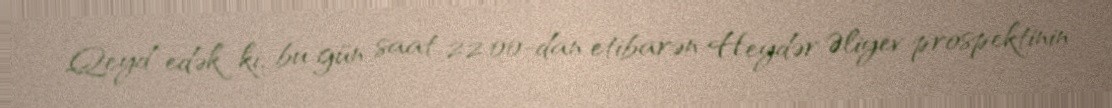
Qeyd edək ki, bu gün saat 22:00-dan etibarən Heydər Əliyev prospektinin